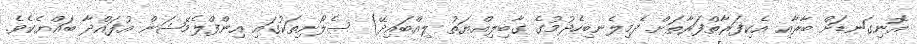
އޮނިގަނޑަށް ބާރާއި އެކިފަރާތްފަރާތަށް ދެމިލެނބިހެދުމުގެ ގާބިލިއްޔަތު ލިއްބައިދޭ) ސެލޯށިތަކުގައި އިންފްލެމޭޝަން އުފައްދާ ބައްޔެކެވެ.